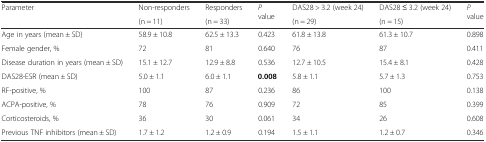
| <ROWSPAN=2> Parameter | Non-responders | Responders | <ROWSPAN=2> P value | DAS28 > 3.2 (week 24) | DAS28 ≤ 3.2 (week 24) | <ROWSPAN=2> P value |
 | (n = 11) | (n = 33) | (n = 29) | (n = 15) |
 | --- | --- | --- | --- | --- | --- | --- |
 | Age in years (mean ± SD) | 58.9 ± 10.8 | 62.5 ± 13.3 | 0.423 | 61.8 ± 13.8 | 61.3 ± 10.7 | 0.898 |
 | Female gender, % | 72 | 81 | 0.640 | 76 | 87 | 0.411 |
 | Disease duration in years (mean ± SD) | 15.1 ± 12.7 | 12.9 ± 8.8 | 0.536 | 12.7 ± 10.5 | 15.4 ± 8.1 | 0.428 |
 | DAS28-ESR (mean ± SD) | 5.0 ± 1.1 | 6.0 ± 1.1 | 0.008 | 5.8 ± 1.1 | 5.7 ± 1.3 | 0.753 |
 | RF-positive, % | 100 | 87 | 0.236 | 86 | 100 | 0.138 |
 | ACPA-positive, % | 78 | 76 | 0.909 | 72 | 85 | 0.399 |
 | Corticosteroids, % | 36 | 30 | 0.061 | 34 | 26 | 0.608 |
 | Previous TNF inhibitors (mean ± SD) | 1.7 ± 1.2 | 1.2 ± 0.9 | 0.194 | 1.5 ± 1.1 | 1.2 ± 0.7 | 0.346 |